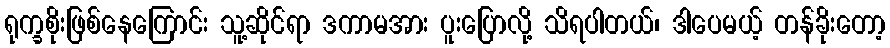
ရုက္ခစိုးဖြစ်နေကြောင်း သူ့ဆိုင်ရာ ဒကာမအား ပူးပြောလို့ သိရပါတယ်၊ ဒါပေမယ့် တန်ခိုးတော့